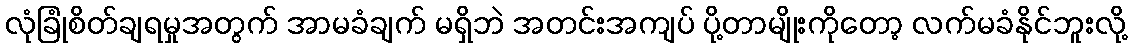
လုံခြုံစိတ်ချရမှုအတွက် အာမခံချက် မရှိဘဲ အတင်းအကျပ် ပို့တာမျိုးကိုတော့ လက်မခံနိုင်ဘူးလို့